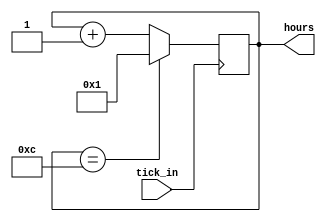
`timescale 1ns / 1ps

// For 7-segment display clock
// Authored by David J Marion

module hours(
    input tick_in,      // from minutes
    output [3:0] hours
    );
    
    reg [3:0] hours_counter = 1;
    
    always @(negedge tick_in) begin
        if(hours_counter == 12)
            hours_counter <= 1;
        else
            hours_counter <= hours_counter + 1;
    end
    
    assign hours = hours_counter;
    
endmodule